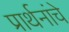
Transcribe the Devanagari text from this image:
प्रार्थनांचे